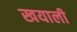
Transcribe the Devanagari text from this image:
खयाली